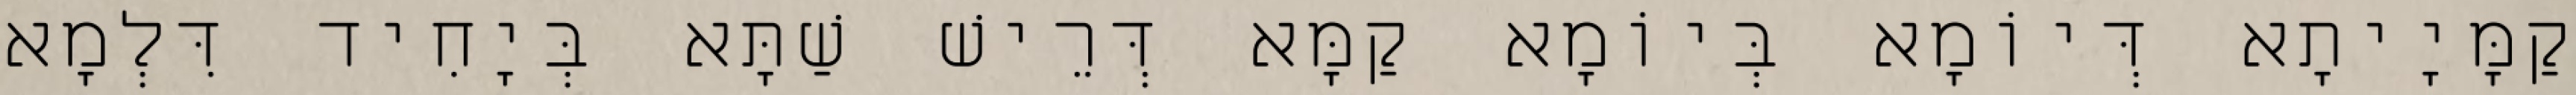
קַמָּיָיתָא דְּיוֹמָא בְּיוֹמָא קַמָּא דְּרֵישׁ שַׁתָּא בְּיָחִיד דִּלְמָא